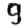
Digit: 9